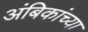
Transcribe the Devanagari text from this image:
अंबिकांच्या